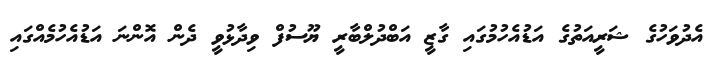
އެދުވަހުގެ ޝަރީއަތުގެ އަޑުއެހުމުގައި ގާޒީ އަބްދުލްބާރީ ޔޫސުފް ވިދާޅުވީ ދެން އޮންނަ އަޑުއެހުމެއްގައި